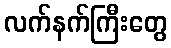
လက်နက်ကြီးတွေ